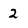
Character: 2